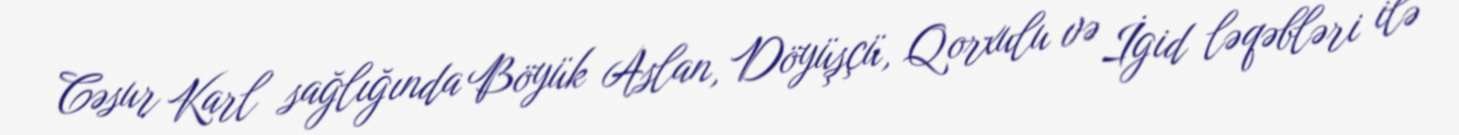
Cəsur Karl sağlığında Böyük Aslan, Döyüşçü, Qorxulu və İgid ləqəbləri ilə